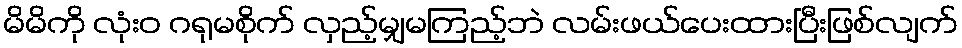
မိမိကို လုံးဝ ဂရုမစိုက် လှည့်မျှမကြည့်ဘဲ လမ်းဖယ်ပေးထားပြီးဖြစ်လျက်